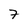
Character: 7